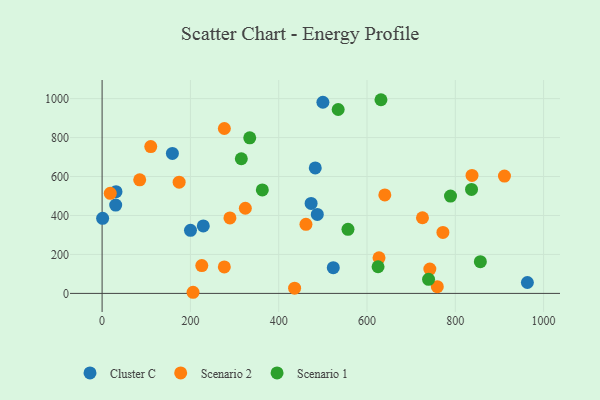
{"axis": {"x": "Ad Spend", "y": "Rating"}, "legend": ["Cluster C", "Scenario 1", "Scenario 2"], "data": [{"x": "473.4", "y": 461.7, "type": "Cluster C"}, {"x": "500.1", "y": 981.2, "type": "Cluster C"}, {"x": "1.2", "y": 385.3, "type": "Cluster C"}, {"x": "159.2", "y": 718.6, "type": "Cluster C"}, {"x": "200.2", "y": 323.7, "type": "Cluster C"}, {"x": "523.6", "y": 132.1, "type": "Cluster C"}, {"x": "963.2", "y": 56.0, "type": "Cluster C"}, {"x": "229.2", "y": 346.5, "type": "Cluster C"}, {"x": "31.5", "y": 522.1, "type": "Cluster C"}, {"x": "482.8", "y": 644.3, "type": "Cluster C"}, {"x": "487.4", "y": 405.5, "type": "Cluster C"}, {"x": "30.8", "y": 453.3, "type": "Cluster C"}, {"x": "85.2", "y": 582.8, "type": "Scenario 2"}, {"x": "771.9", "y": 313.0, "type": "Scenario 2"}, {"x": "18.5", "y": 513.9, "type": "Scenario 2"}, {"x": "324.4", "y": 437.0, "type": "Scenario 2"}, {"x": "742.3", "y": 124.7, "type": "Scenario 2"}, {"x": "110.2", "y": 753.9, "type": "Scenario 2"}, {"x": "461.7", "y": 354.6, "type": "Scenario 2"}, {"x": "276.8", "y": 135.8, "type": "Scenario 2"}, {"x": "276.9", "y": 846.4, "type": "Scenario 2"}, {"x": "725.6", "y": 388.4, "type": "Scenario 2"}, {"x": "759.2", "y": 34.6, "type": "Scenario 2"}, {"x": "837.8", "y": 605.4, "type": "Scenario 2"}, {"x": "640.3", "y": 505.5, "type": "Scenario 2"}, {"x": "174.5", "y": 571.0, "type": "Scenario 2"}, {"x": "436.0", "y": 26.6, "type": "Scenario 2"}, {"x": "206.0", "y": 5.8, "type": "Scenario 2"}, {"x": "289.5", "y": 387.5, "type": "Scenario 2"}, {"x": "911.3", "y": 602.4, "type": "Scenario 2"}, {"x": "627.2", "y": 182.6, "type": "Scenario 2"}, {"x": "225.8", "y": 142.8, "type": "Scenario 2"}, {"x": "315.3", "y": 691.1, "type": "Scenario 1"}, {"x": "556.9", "y": 328.8, "type": "Scenario 1"}, {"x": "856.7", "y": 163.0, "type": "Scenario 1"}, {"x": "625.0", "y": 136.7, "type": "Scenario 1"}, {"x": "739.4", "y": 72.2, "type": "Scenario 1"}, {"x": "362.9", "y": 531.1, "type": "Scenario 1"}, {"x": "534.7", "y": 944.1, "type": "Scenario 1"}, {"x": "836.7", "y": 533.5, "type": "Scenario 1"}, {"x": "334.4", "y": 798.8, "type": "Scenario 1"}, {"x": "789.1", "y": 499.5, "type": "Scenario 1"}, {"x": "631.6", "y": 994.2, "type": "Scenario 1"}]}